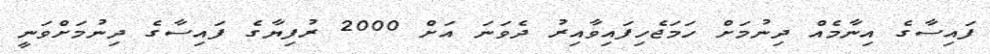
ފައިސާގެ އިނާމެއް ދިނުމަށް ހަމަޖެހިފައިވާއިރު ދެވަނަ އަށް 2000 ރުފިޔާގެ ފައިސާގެ ދިނުމަށްވަނީ